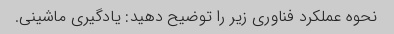
نحوه عملکرد فناوری زیر را توضیح دهید: یادگیری ماشینی.